Indian journal of veterinary science and animal husbandry - Volume 7,
Year: 1937
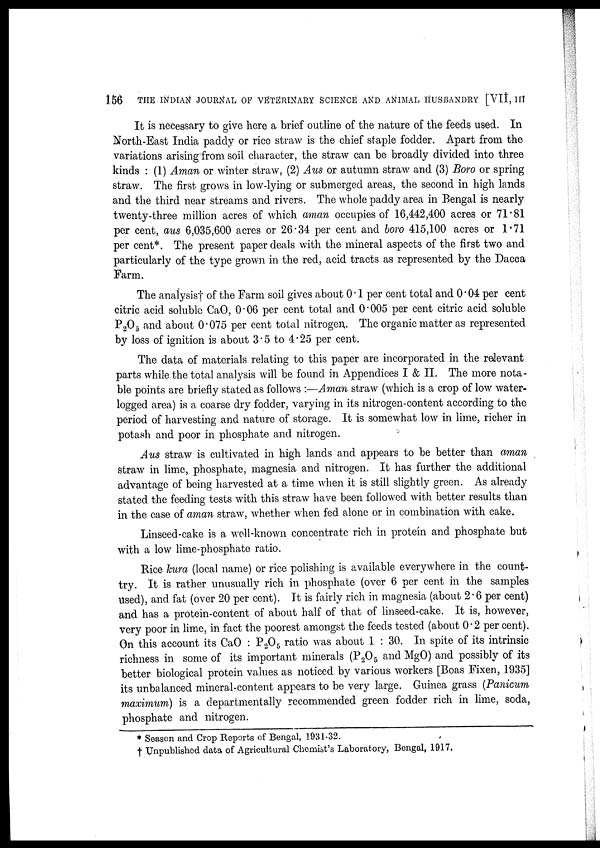
156
THE INDIAN JOURNAL OP VETERINARY SCIENCE AND ANIMAL HUSBANDRY [VII, III
It is necessary to give here a brief outline of the nature of the feeds used. In
North-East India paddy or rice straw is the chief staple fodder. Apart from the
variations arising from soil character, the straw can be broadly divided into three
kinds : (1) Aman or winter straw, (2) Aus or autumn straw and (3) Boro or spring
straw. The first grows in low-lying or submerged areas, the second in high lands
and the third near streams and rivers. The whole paddy area in Bengal is nearly
twenty-three million acres of which aman occupies of 16,442,400 acres or 71.81
per cent, aus 6,035,600 acres or 26.34 per cent and boro 415,100 acres or 1.71
per cent*. The present paper deals with the mineral aspects of the first two and
particularly of the type grown in the red, acid tracts as represented by the Dacca
Farm.
The analysis† of the Farm soil gives about 0.1 per cent total and 0.04 per cent
citric acid soluble CaO, 0.06 per cent total and 0.005 per cent citric acid soluble
P 2 O 5 and about 0.075 per cent total nitrogen. The organic matter as represented
by loss of ignition is about 3.5 to 4.25 per cent.
The data of materials relating to this paper are incorporated in the relevant
parts while the total analysis will be found in Appendices I & II. The more nota-
ble points are briefly stated as follows :—Aman straw (which is a crop of low water-
logged area) is a coarse dry fodder, varying in its nitrogen-content according to the
period of harvesting and nature of storage. It is somewhat low in lime, richer in
potash and poor in phosphate and nitrogen.
Aus straw is cultivated in high lands and appears to be better than aman
straw in lime, phosphate, magnesia and nitrogen. It has further the additional
advantage of being harvested at a time when it is still slightly green. As already
stated the feeding tests with this straw have been followed with better results than
in the case of aman straw, whether when fed alone or in combination with cake.
Linseed-cake is a well-known concentrate rich in protein and phosphate but
with a low lime-phosphate ratio.
Rice kura (local name) or rice polishing is available everywhere in the count-
try. It is rather unusually rich in phosphate (over 6 per cent in the samples
used), and fat (over 20 per cent). It is fairly rich in magnesia (about 2.6 per cent)
and has a protein-content of about half of that of linseed-cake. It is, however,
very poor in lime, in fact the poorest amongst the feeds tested (about 0.2 per cent).
On this account its CaO : P 2 O 5 ratio was about 1 : 30. In spite of its intrinsic
richness in some of its important minerals (P 2 O 5 and MgO) and possibly of its
better biological protein values as noticed by various workers [Boas Fixen, 1935]
its unbalanced mineral-content appears to be very large. Guinea grass (Panicum
maximum) is a departmentally recommended green fodder rich in lime, soda,
phosphate and nitrogen.
* Season and Crop Reports of Bengal, 1931-32.
† Unpublished data of Agricultural Chemist's Laboratory, Bengal, 1917.